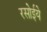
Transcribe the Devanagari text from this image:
रसोईये